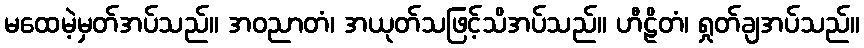
မထေမဲ့မှတ်အပ်သည်။ အဝညာတံ၊ အယုတ်သဖြင့်သိအပ်သည်။ ဟီဠိတံ၊ ရှုတ်ချအပ်သည်။